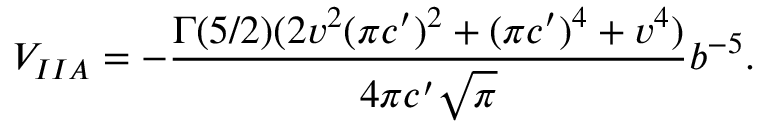
V _ { I I A } = - \frac { \Gamma ( 5 / 2 ) ( 2 v ^ { 2 } ( \pi c ^ { \prime } ) ^ { 2 } + ( \pi c ^ { \prime } ) ^ { 4 } + v ^ { 4 } ) } { 4 \pi c ^ { \prime } \sqrt { \pi } } b ^ { - 5 } .